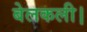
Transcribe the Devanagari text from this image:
बेलकली।